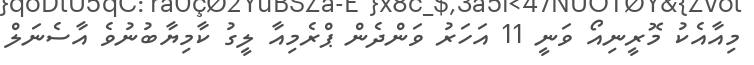
މިއާއެކު މޮރީނިއޯ ވަނީ 11 އަހަރު ވަންދެން ޕްރެމިއާ ލީގު ކާމިޔާބުނުވެ އާސެނަލް